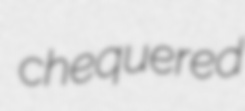
chequered